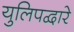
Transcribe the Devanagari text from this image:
युलिपद्वारे